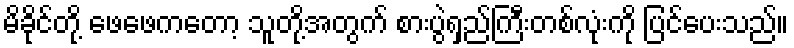
မိခိုင်တို့ ဖေဖေကတော့ သူတို့အတွက် စားပွဲရှည်ကြီးတစ်လုံးကို ပြင်ပေးသည်။